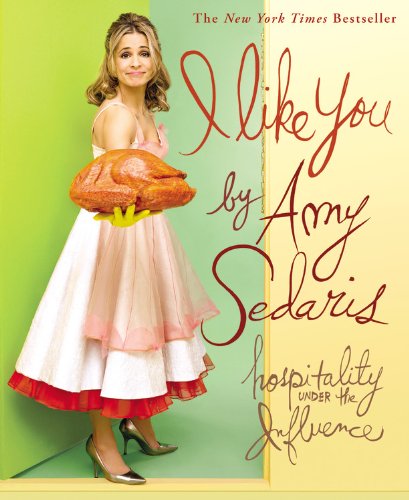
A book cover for I Like You: Hospitality Under the Influence; Amy Sedaris; Humor & Entertainment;